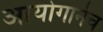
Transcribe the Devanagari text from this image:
आयोगानेच